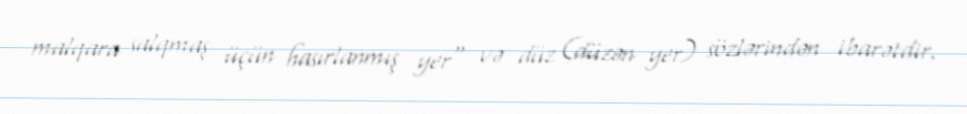
malqara salqmaş üçün hasırlanmış yer" və düz (düzən yer) sözlərindən ibarətdir.